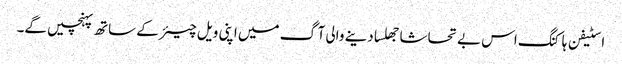
اسٹیفن ہاکنگ اس بے تحاشا جھلسا دینے والی آگ میں اپنی ویل چیئر کے ساتھ پہنچیں گے۔